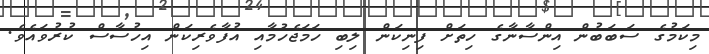
މިކަމުގެ ސަބަބުން އިންސާނާގެ ހިތަށް ފިނިކަން ލިބި ހަމަޖެހުމާއި އުފާވެރިކަން އިހުސާސް ކުރުވައެވެ.